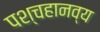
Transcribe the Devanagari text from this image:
पश्चहानव्य